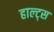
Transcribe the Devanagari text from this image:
हाल्ट्स